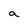
Character: a